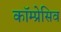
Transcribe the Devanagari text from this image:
कॉम्प्रेसिव